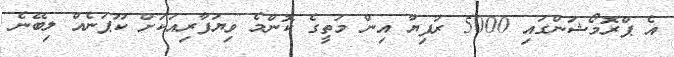
އެ ޕްރޮމޯޝަންގައި 5000 ރުފިޔާ އިން މަތީގެ ކޮންމެ ވިޔަފާރިއަކަށް ކޫޕަނެއް ލިބޭނެ